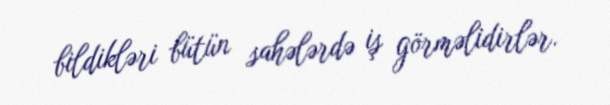
bildikləri bütün sahələrdə iş görməlidirlər.